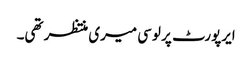
ایرپورٹ پر لوسی میری منتظر تھی۔